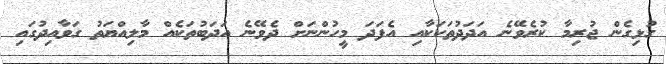
ގުޅިގެން ޖުރިމާ ކުރެވޭނެ އަދަދުތަކަކާއި އެފަދަ މީހުންނަށް ދެވޭނެ އަދަބުތަކެއް މާލިއްޔަތު ގަވާއިދުގައި